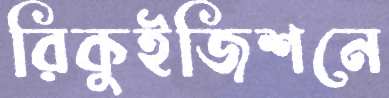
রিকুইজিশনে